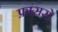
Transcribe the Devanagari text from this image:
फ्रांससे